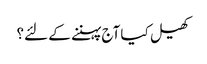
کھیل کیا آج پہننے کے لئے؟